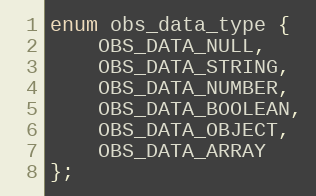
Language: C
enum obs_data_type {
	OBS_DATA_NULL,
	OBS_DATA_STRING,
	OBS_DATA_NUMBER,
	OBS_DATA_BOOLEAN,
	OBS_DATA_OBJECT,
	OBS_DATA_ARRAY
};